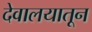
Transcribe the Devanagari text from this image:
देवालयातून